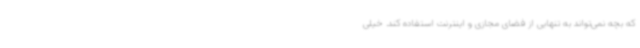
که بچه نمی‌تواند به تنهایی از فضای مجازی و اینترنت استفاده کند. خیلی